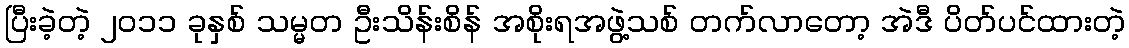
ပြီးခဲ့တဲ့ ၂၀၁၁ ခုနှစ် သမ္မတ ဦးသိန်းစိန် အစိုးရအဖွဲ့သစ် တက်လာတော့ အဲဒီ ပိတ်ပင်ထားတဲ့